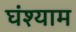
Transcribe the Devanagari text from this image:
घंश्याम